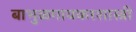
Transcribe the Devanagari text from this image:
बाभुळगावकरशास्त्री